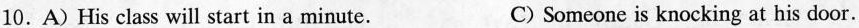
10.A) His class will start in a minute. C) Someone is knocking at his door.